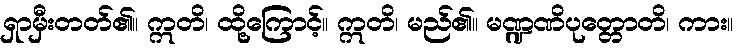
ရှာမှီးတတ်၏။ ဣတိ၊ ထို့ကြောင့်။ ဣတိ၊ မည်၏။ မဏ္ဍဏိပုတ္တောတိ၊ ကား။